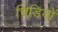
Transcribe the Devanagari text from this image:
चिडि़यों